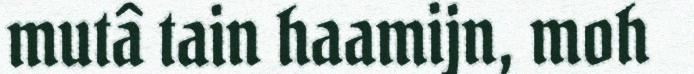
mutâ tain haamijn, moh